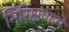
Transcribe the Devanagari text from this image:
निरिक्षणाने